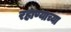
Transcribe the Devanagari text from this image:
रहाण्याच्या